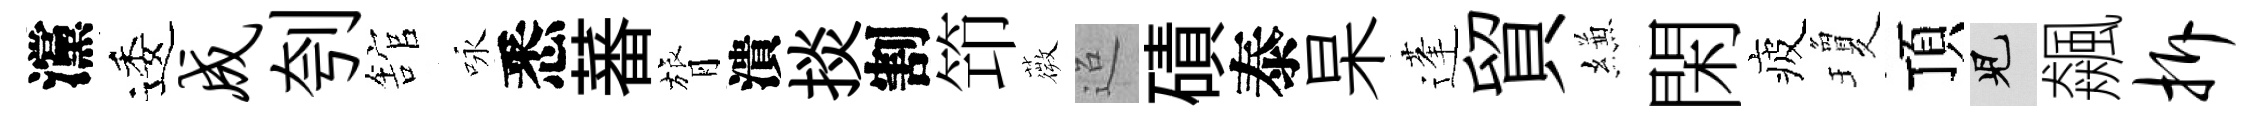
灙逶成刳舘咏悉蕃膂潰掞割笻薇迢磧泰杲蓬貿縑閑疲瓊頂兒飆拆